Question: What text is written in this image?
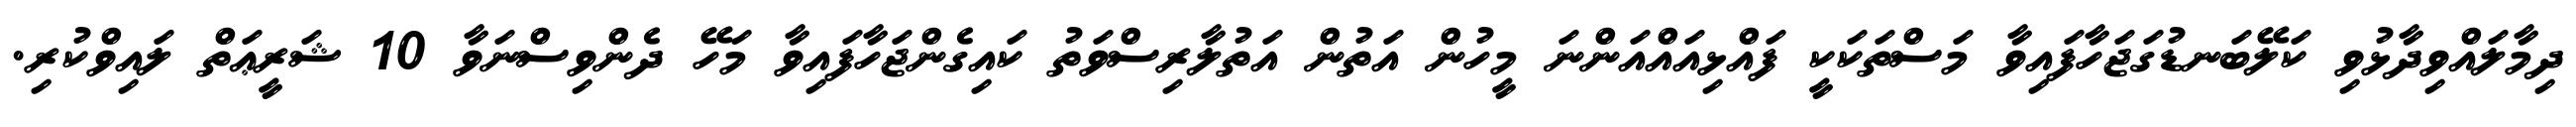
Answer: ދިމާލައްވިދާޅުވި ކަލޭބަނޑުގަޖަހާފައިވާ މަސްތަކަކީ ފައްޅިއައްއަންނަ މީހުން އަތުން އަތުލާރިސްވަތު ކައިގެންޖަހާފައިވާ މަހޭ ދެންވިސްނަވާ 10 ޝަރީޢަތް ލައިވްކުރި.